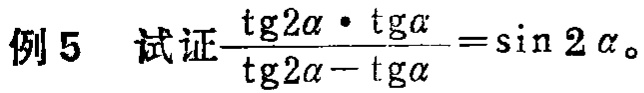
例 5 试证$\frac{\text{tg}2\alpha\cdot\text{tg}\alpha}{\text{tg}2\alpha - \text{tg}\alpha}=\sin 2\alpha$。